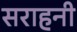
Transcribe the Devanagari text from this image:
सराहनी